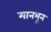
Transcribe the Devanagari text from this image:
मानभून